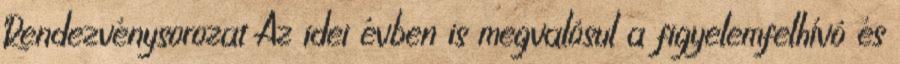
Rendezvénysorozat Az idei évben is megvalósul a figyelemfelhívó és